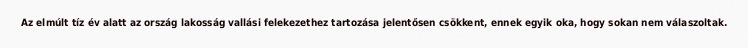
Az elmúlt tíz év alatt az ország lakosság vallási felekezethez tartozása jelentősen csökkent, ennek egyik oka, hogy sokan nem válaszoltak.